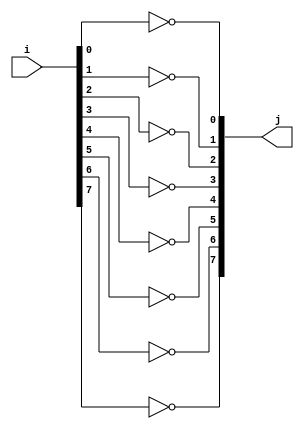
module ones_complement (i, j);

input [7:0] i;
output [7:0] j; 

not not_0 (j[0], i[0]);
not not_1 (j[1], i[1]);
not not_2 (j[2], i[2]);
not not_3 (j[3], i[3]);
not not_4 (j[4], i[4]);
not not_5 (j[5], i[5]);
not not_6 (j[6], i[6]);
not not_7 (j[7], i[7]);
/*not not_8 (j[8], i[8]);
not not_9 (j[9], i[9]);
not not_10 (j[10], i[10]);
not not_11 (j[11], i[11]);
not not_12 (j[12], i[12]);
not not_13 (j[13], i[13]);
not not_14 (j[14], i[14]);
not not_15 (j[15], i[15]);
not not_16 (j[16], i[16]);
not not_17 (j[17], i[17]);
not not_18 (j[18], i[18]);
not not_19 (j[19], i[19]);
not not_20 (j[20], i[20]);
not not_21 (j[21], i[21]);
not not_22 (j[22], i[22]);
not not_23 (j[23], i[23]);
not not_24 (j[24], i[24]);
not not_25 (j[25], i[25]);
not not_26 (j[26], i[26]);
not not_27 (j[27], i[27]);
not not_28 (j[28], i[28]);
not not_29 (j[29], i[29]);
not not_30 (j[30], i[30]);
not not_31 (j[31], i[31]);*/

endmodule